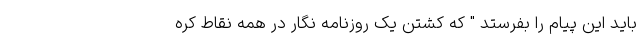
باید این پیام را بفرستد " که کشتن یک روزنامه نگار در همه نقاط کره